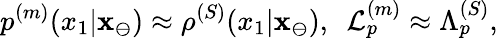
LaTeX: p^{(m)}(x_{1}|\mathbf{x}_{\ominus})\approx\rho^{(S)}(x_{1}|\mathbf{x}_{\ominus}),\ \ \mathcal{L}_{p}^{(m)}\approx\Lambda_{p}^{(S)},